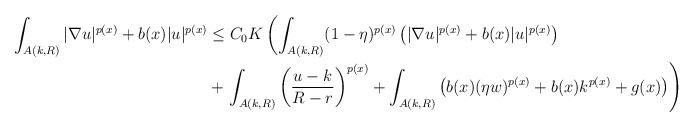
LaTeX: \begin{align*}\int_{A(k, R)} |\nabla u|^{p(x)} + b(x)|u|^{p(x)} &\leq C_0K\left( \int_{A(k, R)} (1-\eta)^{p(x)} \left( |\nabla u|^{p(x)} + b(x)|u|^{p(x)}\right)\right.\\&+ \left.\int_{A(k, R)}\left(\frac{u-k}{R-r}\right)^{p(x)} + \int_{A(k, R)} \left(b(x)(\eta w)^{p(x)} + b(x)k^{p(x)}+ g(x)\right)\right)\end{align*}